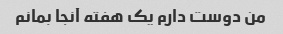
من دوست دارم یک هفته آنجا بمانم